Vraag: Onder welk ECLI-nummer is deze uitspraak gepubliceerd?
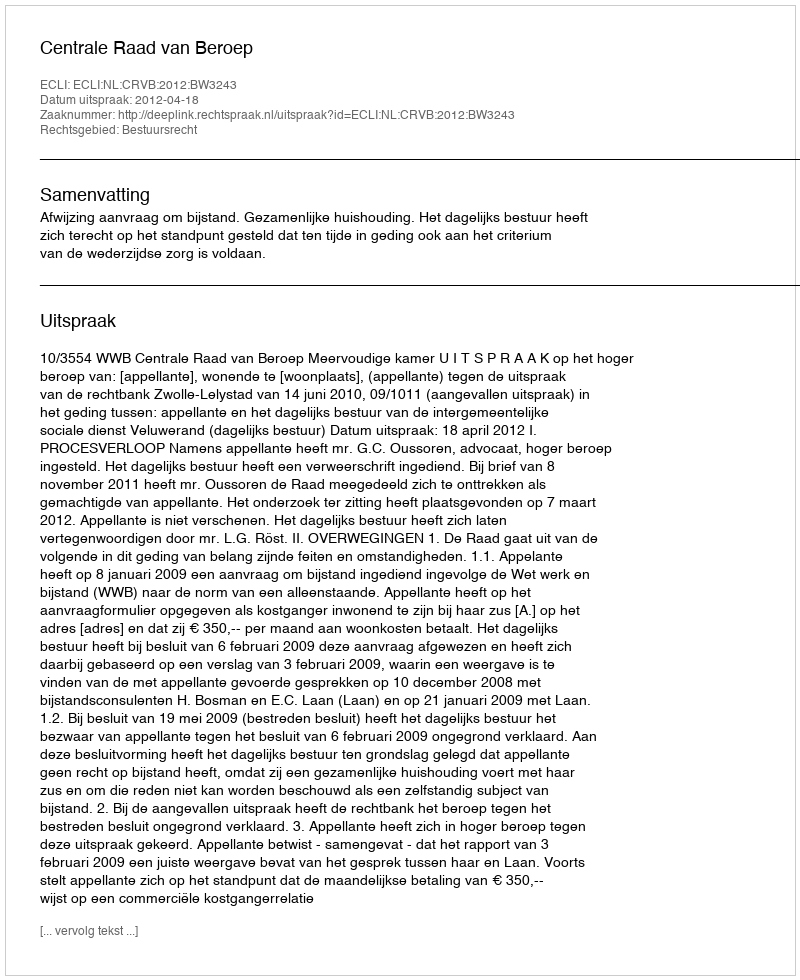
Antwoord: ECLI:NL:CRVB:2012:BW3243